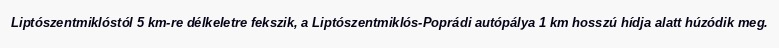
Liptószentmiklóstól 5 km-re délkeletre fekszik, a Liptószentmiklós-Poprádi autópálya 1 km hosszú hídja alatt húzódik meg.